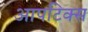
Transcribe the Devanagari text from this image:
आपटिक्स